Civil Veterinary Department Bengal reports 1923-33 - 1923-1933
Year: 1923
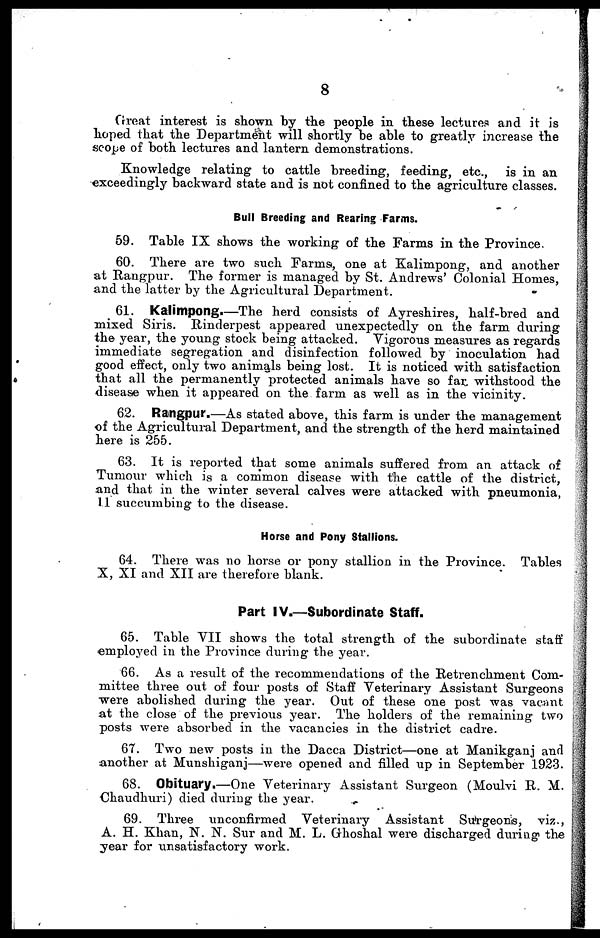
8
Great interest is shown by the people in these lectures and it is
hoped that the Department will shortly be able to greatly increase the
scope of both lectures and lantern demonstrations.
Knowledge relating to cattle breeding, feeding, etc., is in an
exceedingly backward state and is not confined to the agriculture classes.
Bull Breeding and Rearing Farms.
59. Table IX shows the working of the Farms in the Province.
60. There are two such Farms, one at Kalimpong, and another
at Rangpur. The former is managed by St. Andrews' Colonial Homes,
and the latter by the Agricultural Department.
61. Kalimpong.—The herd consists of Ayreshires, half-bred and
mixed Siris. Rinderpest appeared unexpectedly on the farm during
the year, the young stock being attacked. Vigorous measures as regards
immediate segregation and disinfection followed by inoculation had
good effect, only two animals being lost. It is noticed with satisfaction
that all the permanently protected animals have so far withstood the
disease when it appeared on the farm as well as in the vicinity.
62. Rangpur.—As stated above, this farm is under the management
of the Agricultural Department, and the strength of the herd maintained
here is 255.
63. It is reported that some animals suffered from an attack of
Tumour which is a common disease with the cattle of the district,
and that in the winter several calves were attacked with pneumonia,
11 succumbing to the disease.
Horse and Pony Stallions.
64. There was no horse or pony stallion in the Province. Tables
X, XI and XII are therefore blank.
Part IV.—Subordinate Staff.
65. Table VII shows the total strength of the subordinate staff
employed in the Province during the year.
66. As a result of the recommendations of the Retrenchment Com-
mittee three out of four posts of Staff Veterinary Assistant Surgeons
were abolished during the year. Out of these one post was vacant
at the close of the previous year. The holders of the remaining two
posts were absorbed in the vacancies in the district cadre.
67. Two new posts in the Dacca District—one at Manikganj and
another at Munshiganj—were opened and filled up in September 1923.
68. Obituary.—One Veterinary Assistant Surgeon (Moulvi R. M.
Chaudhuri) died during the year.
69. Three unconfirmed Veterinary Assistant Surgeons, viz.,
A. H. Khan, N. N. Sur and M. L. Ghoshal were discharged during the
year for unsatisfactory work.